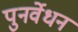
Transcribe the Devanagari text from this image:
पुनर्वेधन